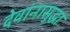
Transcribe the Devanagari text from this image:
देवांनासुद्धा